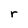
Character: r